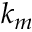
k _ { m }